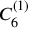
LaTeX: { C } _ { 6 } ^ { ( 1 ) }